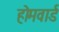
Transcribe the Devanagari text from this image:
होमवार्ड